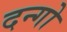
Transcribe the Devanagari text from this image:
दन्गो